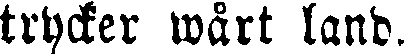
trycker wårt land.